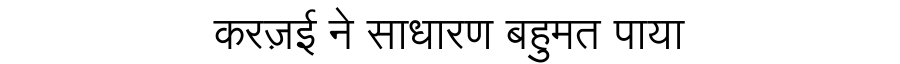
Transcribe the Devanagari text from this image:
करज़ई ने साधारण बहुमत पाया